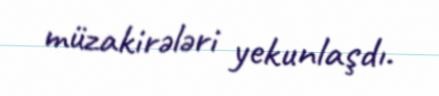
müzakirələri yekunlaşdı.